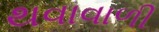
થવાવાળી